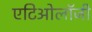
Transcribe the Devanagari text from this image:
एटिओलॉजी